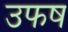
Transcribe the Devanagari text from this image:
उफष